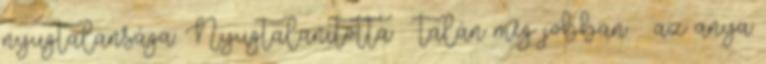
nyugtalansága. Nyugtalanította – talán még jobban – az anya